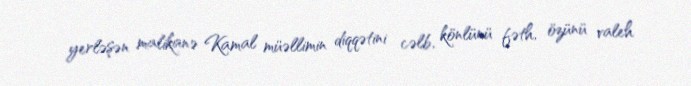
yerləşən malikanə Kamal müəllimin diqqətini cəlb, könlünü fəth, özünü valeh